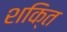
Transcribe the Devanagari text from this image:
शकि्त